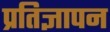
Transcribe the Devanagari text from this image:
प्रतिज्ञापन